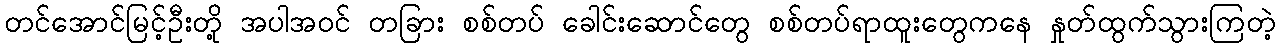
တင်အောင်မြင့်ဦးတို့ အပါအဝင် တခြား စစ်တပ် ခေါင်းဆောင်တွေ စစ်တပ်ရာထူးတွေကနေ နှုတ်ထွက်သွားကြတဲ့